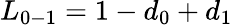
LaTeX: {L_{0-1}}=1-{d_{0}}+{d_{1}}